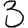
Digit: 3